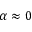
\alpha \approx 0